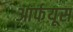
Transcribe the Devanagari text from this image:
आर्फयूस